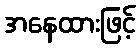
အနေထားဖြင့်